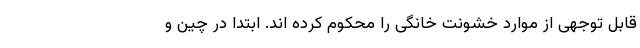
قابل توجهی از موارد خشونت خانگی را محکوم کرده اند. ابتدا در چین و